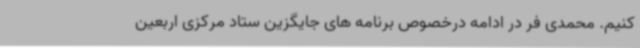
کنیم. محمدی فر در ادامه درخصوص برنامه های جایگزین ستاد مرکزی اربعین